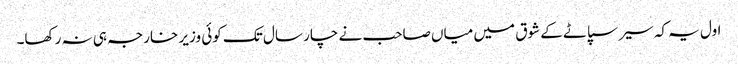
اول یہ کہ سیر سپاٹے کے شوق میں میاں صاحب نے چار سال تک کوئی وزیر خارجہ ہی نہ رکھا۔